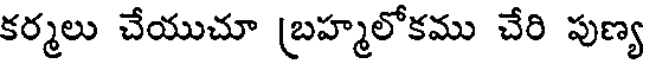
కర్మలు చేయుచూ (బహ్మలోకము చేరి పుణ్య